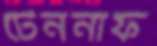
টেননাফ